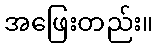
အဖြေးတည်း။